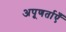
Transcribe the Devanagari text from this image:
अपूणर्ताएँ